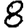
Digit: 8